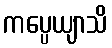
ကပ္ပေယျာသိ